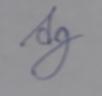
Signature authenticity: forged